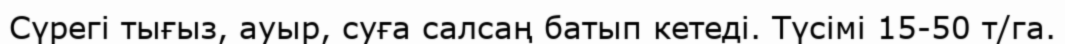
Сүрегі тығыз, ауыр, суға салсаң батып кетеді. Түсімі 15-50 т/га.